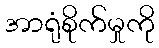
အာရုံစိုက်မှုကို